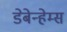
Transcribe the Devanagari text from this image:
डेबेन्हेम्स